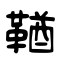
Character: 鞧